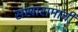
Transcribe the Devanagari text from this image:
सखारामाची